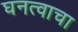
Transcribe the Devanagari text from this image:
घनत्वाचा